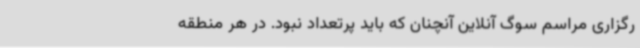
رگزاری مراسم‌ سوگ آنلاین آنچنان که باید پرتعداد نبود. در هر منطقه